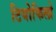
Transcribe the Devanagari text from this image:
टियोफिलो